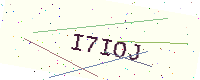
Text: I7IOJ